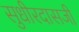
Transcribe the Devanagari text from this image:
सुधीरदासजी